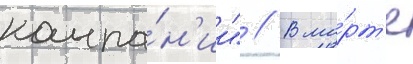
компа́н'ии" // В ма́рт'е